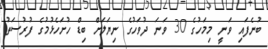
ބުނެފައި ވަނީ މިމަހުގެ 30 ވަނަ ދުވަހުގެ ނިޔަލަށް ބިޑް ހުށަހެޅުމުގެ ފުރުސަތު